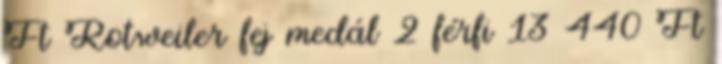
Ft Rotweiler fej medál 2 férfi 13 440 Ft